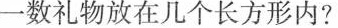
一数礼物放在几个长方形内？